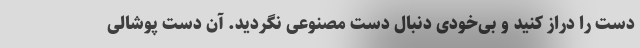
دست را دراز کنید و بی‌خودی دنبال دست مصنوعی نگردید. آن دست پوشالی